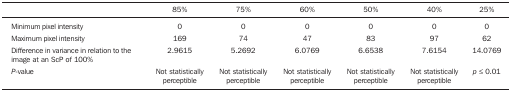
<table><thead><tr><td><b> </b></td><td><b>85%</b></td><td><b>75%</b></td><td><b>60%</b></td><td><b>50%</b></td><td><b>40%</b></td><td><b>25%</b></td></tr></thead><tbody><tr><td>Minimum pixel intensity</td><td>0</td><td>0</td><td>0</td><td>0</td><td>0</td><td>0</td></tr><tr><td>Maximum pixel intensity</td><td>169</td><td>74</td><td>47</td><td>83</td><td>97</td><td>62</td></tr><tr><td>Difference in variance in relation to the</td><td>2.9615</td><td>5.2692</td><td>6.0769</td><td>6.6538</td><td>7.6154</td><td>14.0769</td></tr><tr><td>image at an ScP of 100%</td><td> </td><td> </td><td> </td><td> </td><td> </td><td> </td></tr><tr><td><i>P-value</i></td><td>Not statisticallyperceptible</td><td>Not statisticallyperceptible</td><td>Not statisticallyperceptible</td><td>Not statisticallyperceptible</td><td>Not statisticallyperceptible</td><td><i>p</i> ≤ 0.01</td></tr></tbody></table>